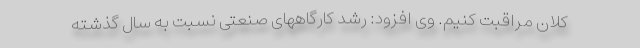
کلان مراقبت کنیم. وی افزود: رشد کارگاههای صنعتی نسبت به سال گذشته